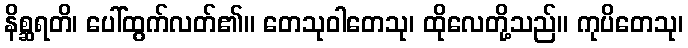
နိစ္ဆရတိ၊ ပေါ်ထွက်လတ်၏။ တေသုဝါတေသု၊ ထိုလေတို့သည်။ ကုပိတေသု၊